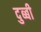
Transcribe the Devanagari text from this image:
दुब्बी